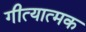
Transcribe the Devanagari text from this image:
गीत्यात्मक